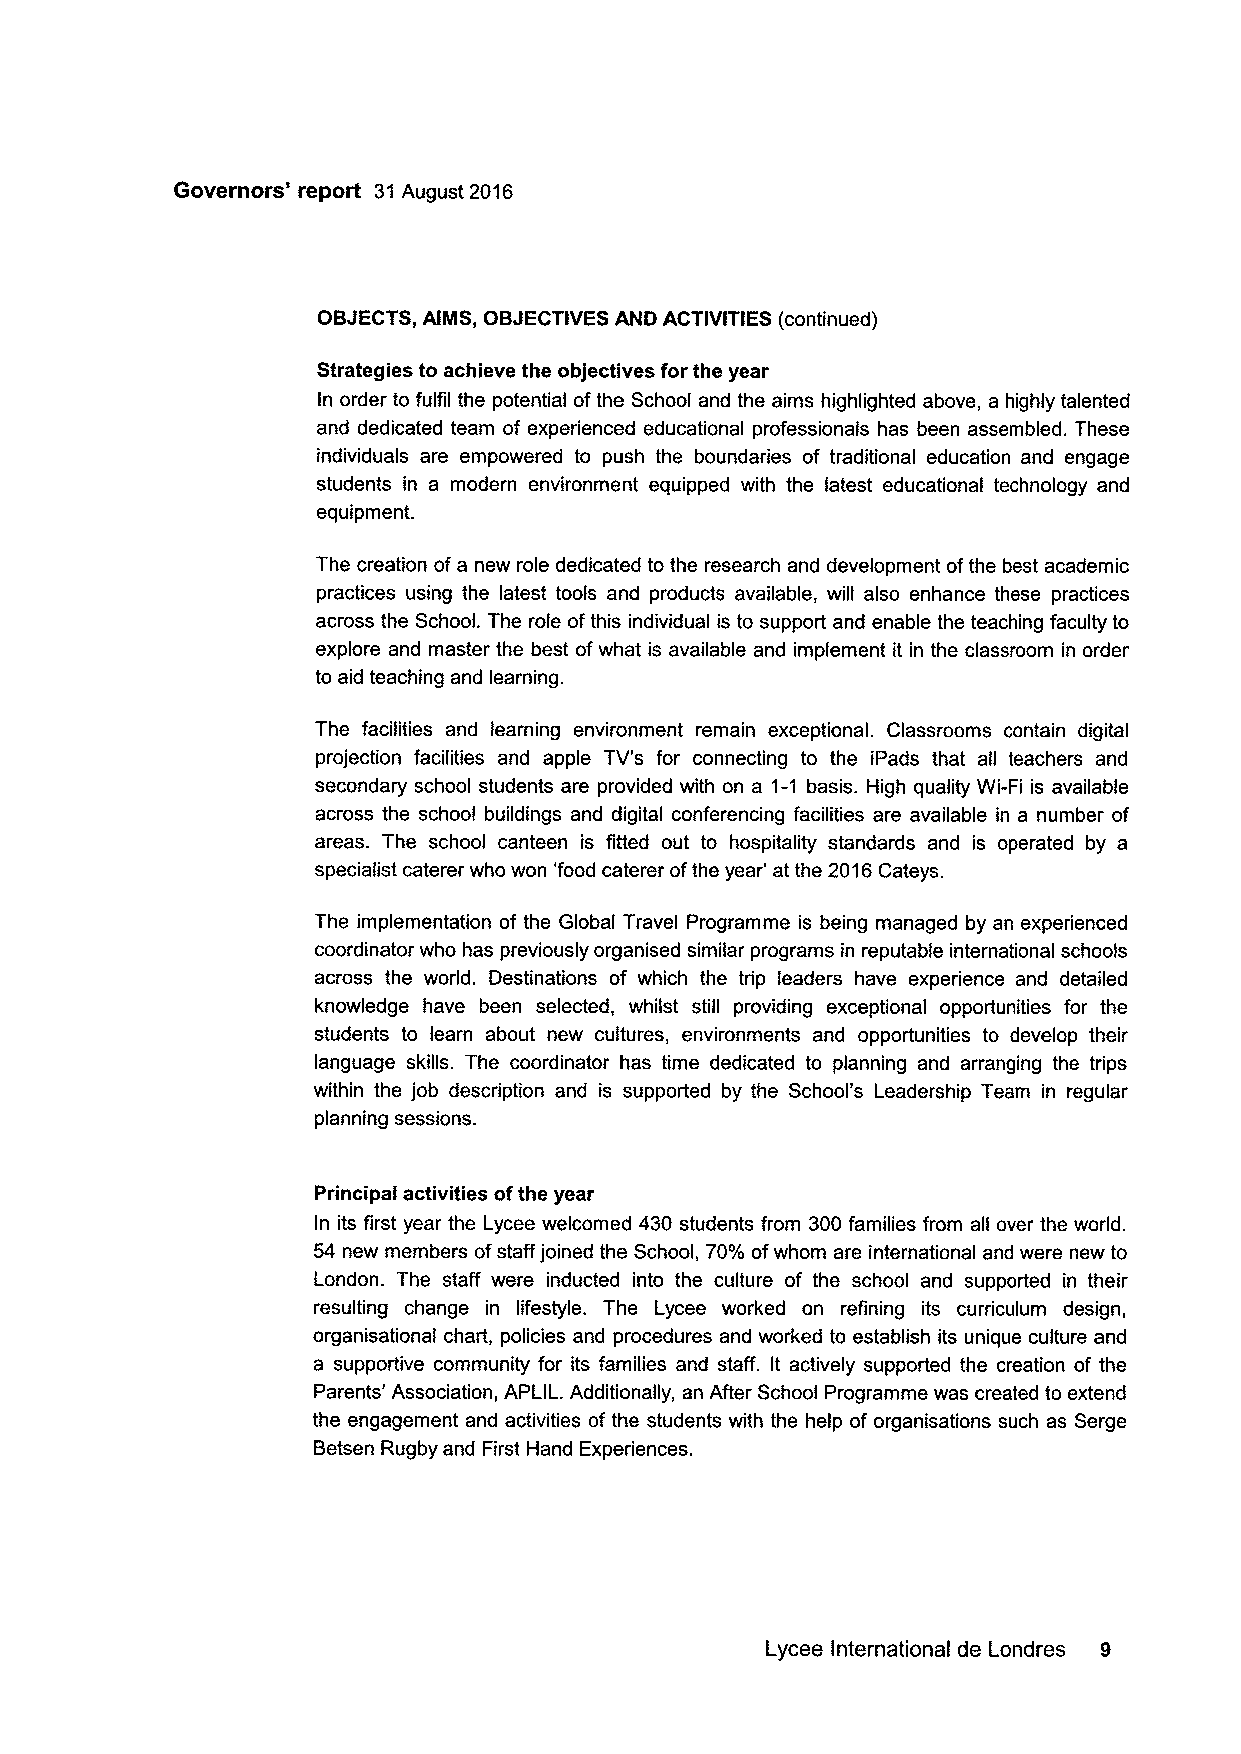
Governors' report 31August 2016
 OBJECTS,AIMS, OBJECTIVESAND ACTIVITIES (continued)
 Strategies to achieve the objectives for the year
 In order to fulfil the potential ofthe School and the aims highlighted above, a highly talented
 and dedicated team of experienced educational professionals has been assembled. These
 individuals are empowered to push the boundaries of traditional education and engage
 students in a modern environment equipped with the latest educational technology and
 equipment.
 The creation ofa new role dedicated to the research and development ofthe best academic
 practices using the latest tools and products available, will also enhance these practices
 across the School. The role ofthis individual is to support and enable the teaching faculty to
 explore and master the best ofwhat is available and implement it in the classroom in order
 to aid teaching and learning.
 The facilities and learning environment remain exceptional. Classrooms contain digital
 projection facilities and apple TV's for connecting to the iPads that all teachers and
 secondary school students are provided with on a 1-1 basis. High quality Wi-Fi is available
 across the school buildings and digital conferencing facilities are available in a number of
 areas. The school canteen is fitted out to hospitality standards and is operated by a
 specialist caterer who won 'food caterer ofthe year' at the 2016Cateys.
 The implementation of the Global Travel Programme is being managed by an experienced
 coordinator who has previously organised similar programs in reputable international schools
 across the world. Destinations of which the trip leaders have experience and detailed
 knowledge have been selected, whilst still providing exceptional opportunities for the
 students to learn about new cultures, environments and opportunities to develop their
 language skills. The coordinator has time dedicated to planning and arranging the trips
 within the job description and is supported by the School's Leadership Team in regular
 planning sessions.
 Principal activities ofthe year
 In its first year the Lycee welcomed 430 students from 300 families from all over the world.
 54 new members ofstaff joined the School, 70'lo ofwhom are international and were new to
 London. The staff were inducted into the culture of the school and supported in their
 resulting change in lifestyle. The Lycee worked on refining its curriculum design,
 organisational chait, policies and procedures and worked to establish its unique culture and
 a supportive community for its families and staff. It actively supported the creation of the
 Parents' Association, APLIL. Additionally, an After School Programme was created to extend
 the engagement and activities of the students with the help of organisations such as Serge
 Betsen Rugby and First Hand Experiences.
 Lycee International de Londres 9